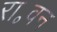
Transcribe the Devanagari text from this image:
रा॰वन